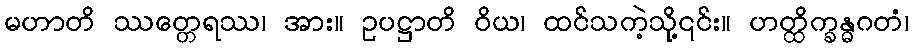
မဟာတိ ဿတ္တေရဿ၊ အား။ ဥပဋ္ဌာတိ ဝိယ၊ ထင်သကဲ့သို့၎င်း။ ဟတ္ထိက္ခန္ဓဂတံ၊